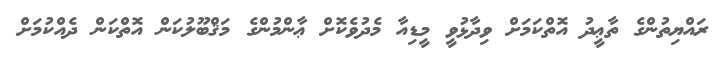
ރައްޔިތުންގެ ތާޢީދު އޮތްކަމަށް ވިދާޅުވީ މީޑިއާ މެދުވެކޮށް ޢާންމުންގެ މަޤްބޫލުކަން އޮތްކަން ދެއްކުމަށް